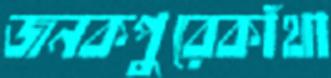
জনকপুরেকাঁথা